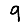
Digit: 9